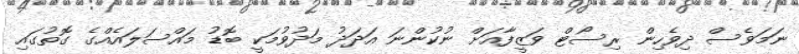
ނަމަވެސް ދިވެހިން ރިސޯޓް ވަޒީފާއަށް ނުކުންނަ އަދަދު މަދުވުމަކީ ބޮޑު މައްސަލައެއްގެ ގޮތުގައި